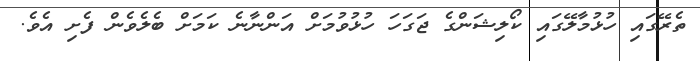
ތެރޭގައި ހުޅުމާލޭގައި ކޯލިޝަންގެ ޖަގަހަ ހުޅުވުމަށް އަންނާނެ ކަމަށް ބެލެވެން ފެށި އެވެ.